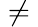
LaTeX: {}\neq{}